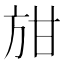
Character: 𭤭